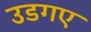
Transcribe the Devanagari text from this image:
उडगए